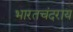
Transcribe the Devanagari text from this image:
भारतचंदराय